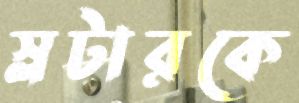
স্লটারকে